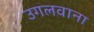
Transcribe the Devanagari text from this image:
उगलवाना